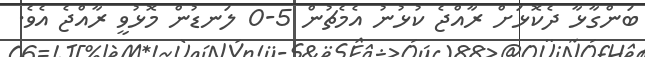
ބަންގާޅާ ދެކޮޅަށް ރާއްޖެ ކުޅުނު އެމެޗުން 5-0 ލަނޑުން މޮޅުވީ ރާއްޖެ އެވެ.